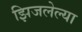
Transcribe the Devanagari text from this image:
झिजलेल्या